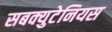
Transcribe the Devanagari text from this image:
सबक्युटेनियस